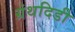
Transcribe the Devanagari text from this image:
ग्रंथदिडी